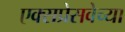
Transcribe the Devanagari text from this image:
एक्सप्रेसवेच्या